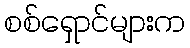
စစ်ရှောင်များက